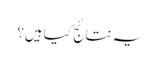
یہ نتائج کیاہیں؟